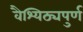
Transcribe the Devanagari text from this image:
वैश्यिठ्यपुर्ण